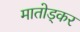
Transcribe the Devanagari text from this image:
मातोड्कर